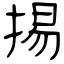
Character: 掦